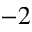
^ { - 2 }